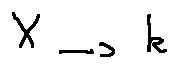
X \rightarrow k